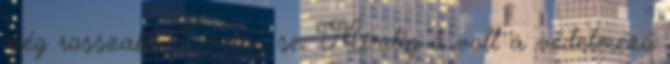
még rosszabb, Danny se. Mindig ő volt a védelmező